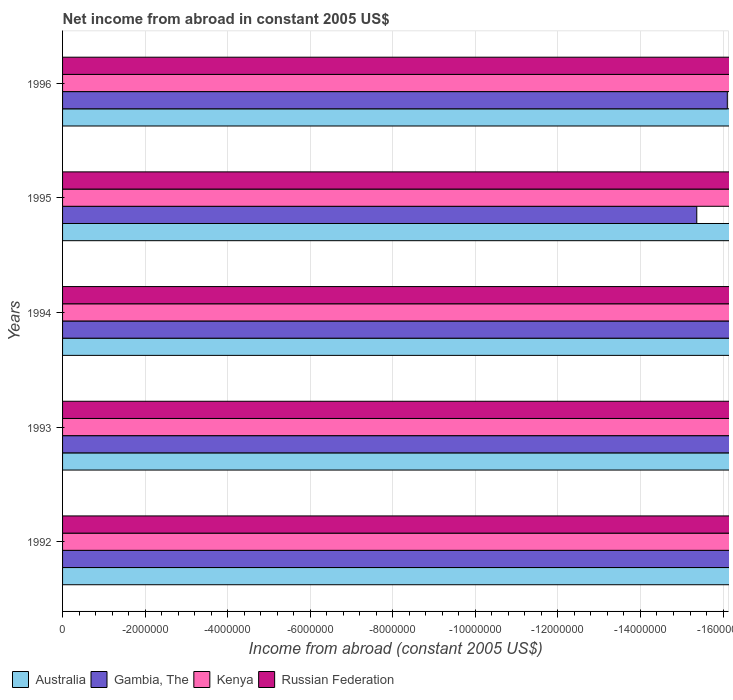
| Years | Australia | Gambia, The | Kenya | Russian Federation |
 | --- | --- | --- | --- | --- |
 | 1992 | -1.1e+10 | -1.86e+07 | -3.54e+08 | -4.5e+09 |
 | 1993 | -9.04e+09 | -1.89e+07 | -3.6e+08 | -4.46e+09 |
 | 1994 | -9.2e+09 | -1.8e+07 | -3.62e+08 | -1.84e+09 |
 | 1995 | -1.27e+10 | -1.54e+07 | -3.2e+08 | -3.37e+09 |
 | 1996 | -1.42e+10 | -1.61e+07 | -2.26e+08 | -5.43e+09 |